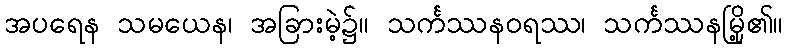
အပရေန သမယေန၊ အခြားမဲ့၌။ သင်္ကဿနဝရဿ၊ သင်္ကဿနမြို့၏။